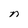
Character: n